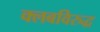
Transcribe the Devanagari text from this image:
क्लबविरुद्ध